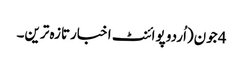
4 جون(اُردو پوائنٹ اخبارتازہ ترین۔